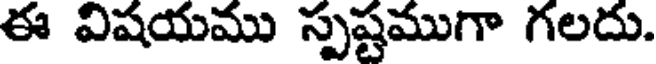
ఈ విషయము స్పష్టముగా గలదు.